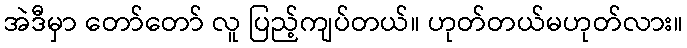
အဲဒီမှာ တော်တော် လူ ပြည့်ကျပ်တယ်။ ဟုတ်တယ်မဟုတ်လား။